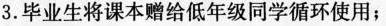
3.毕业生将课本赠给低年级同学循环使用；